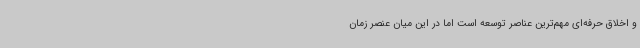
و اخلاق حرفه‌ای مهم‌ترین عناصر توسعه است اما در این میان عنصر زمان